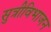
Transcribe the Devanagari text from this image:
सुत्रीविभाजन